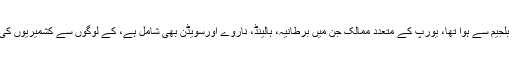
ابتک اس مہم کے دوران جس کا آغاز بلجیم سے ہوا تھا، یورپ کے متعدد ممالک جن میں برطانیہ، ہالینڈ، ناروے اورسویڈن بھی شامل ہے، کے لوگوں سے کشمیریوں کی حمایت میں دستخط لئے جاچکے ہیں۔